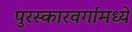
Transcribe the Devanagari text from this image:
पुरस्कारवर्गांमध्ये